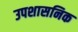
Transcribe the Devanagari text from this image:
उपशासनिक